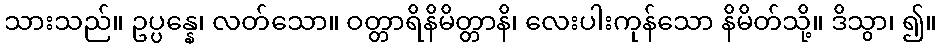
သားသည်။ ဥပ္ပန္နေ၊ လတ်သော။ ဝတ္တာရိနိမိတ္တာနိ၊ လေးပါးကုန်သော နိမိတ်သို့။ ဒိသွာ၊ ၍။